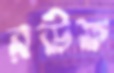
রউফ